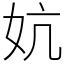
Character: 妔